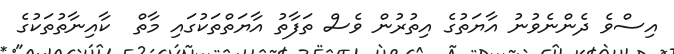
އިސްވެ ދެންނެވުނު އާޔަތުގެ އިތުރުން ވެސް ތަފާތު އާޔަތްތަކުގައި މާތް  ކާއިނާތުތަކުގެ